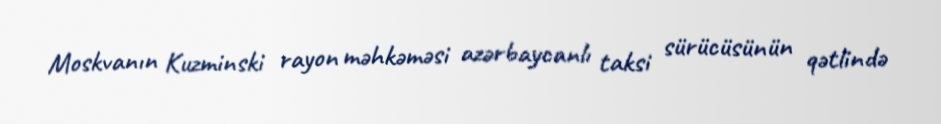
Moskvanın Kuzminski rayon məhkəməsi azərbaycanlı taksi sürücüsünün qətlində